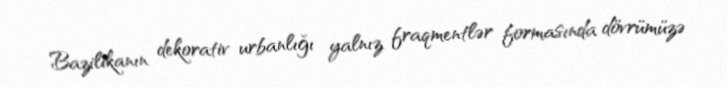
Bazilikanın dekorativ urbanlığı yalnız fraqmentlər formasında dövrümüzə